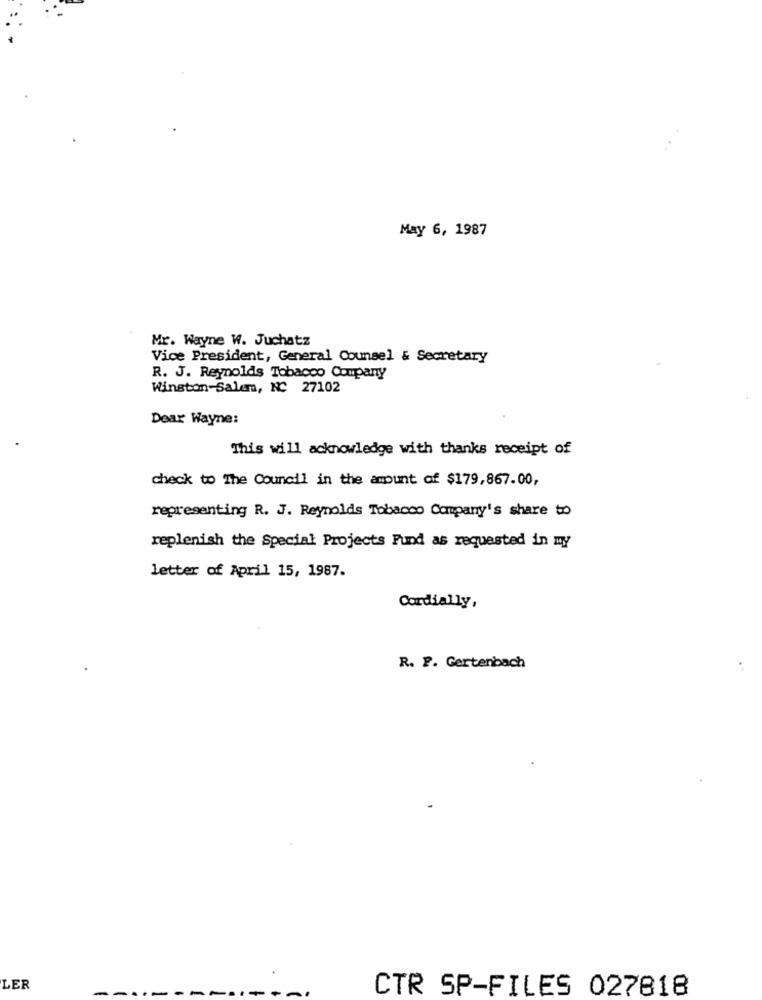
May 6, 1987
Mr. Wayne W. Juchatz
Vice President, General Counsel & Secretary
R. J. Reynolds Tobacco Company
Winston-Salem, NC 27102
Dear Wayne:
This will acknowledge with thanks receipt of
check to The Council in the amount of $179,867.00,
representing R. J. Reynolds Tobacco Company's share to
replenish the Special Projects Fund as requested in my
letter of April 15, 1987.
Cordially,
R. F. Gertenbach
LER
CTR SP-FILES 027818